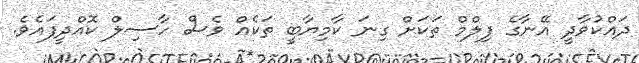
ދައްކުވާދީ އޭނާގެ ފިލްމް ތަކަށް ގިނަ ކާމިޔާބީ ތަކެއް ވެސް ހާސިލް ކޮއްދީފައެވެ.